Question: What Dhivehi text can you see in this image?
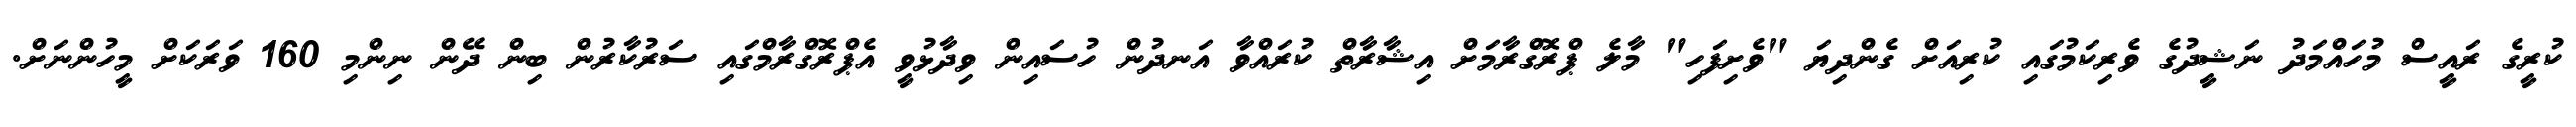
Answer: ކުރީގެ ރައީސް މުހައްމަދު ނަޝީދުގެ ވެރިކަމުގައި ކުރިއަށް ގެންދިޔަ "ވެށިފަހި" މާލެ ޕްރޮގްރާމަށް އިޝާރާތް ކުރައްވާ އަނދުން ހުސައިން ވިދާޅުވީ އެޕްރޮގްރާމްގައި ސަރުކާރުން ބިން ދޭން ނިންމި 160 ވަރަކަށް މީހުންނަށް.